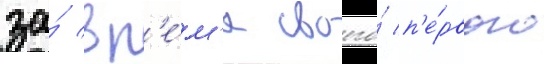
за́ вр'е́м'я своего́ п'е́рвого